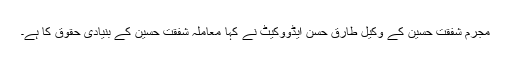
مجرم شفقت حسین کے وکیل طارق حسن ایڈووکیٹ نے کہا معاملہ شفقت حسین کے بنیادی حقوق کا ہے۔